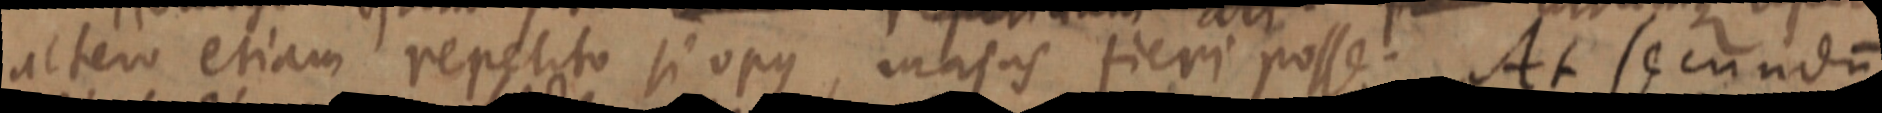
altero etiam repetito si opus, majus fieri posse. At secundum